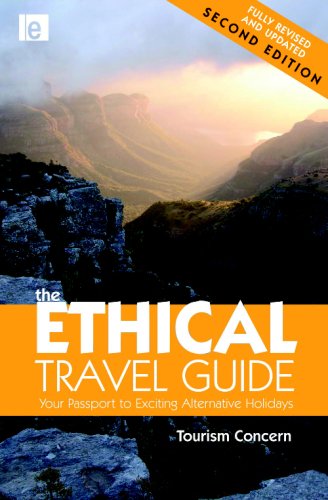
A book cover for The Ethical Travel Guide: Your Passport to Exciting Alternative Holidays; Polly Pattullo; Travel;